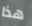
هذا